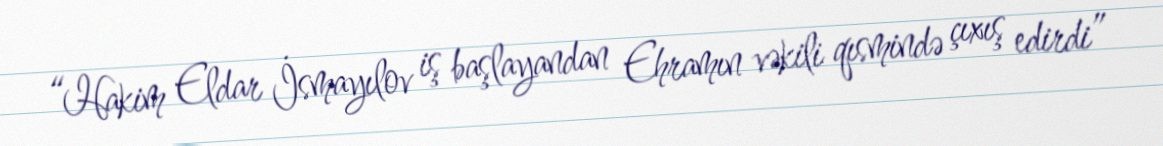
“Hakim Eldar İsmayılov iş başlayandan Ehramın vəkili qısmində çıxış edirdi”